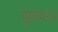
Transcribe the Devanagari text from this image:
मुळांमध्ये